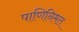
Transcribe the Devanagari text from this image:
पाणिनिमत